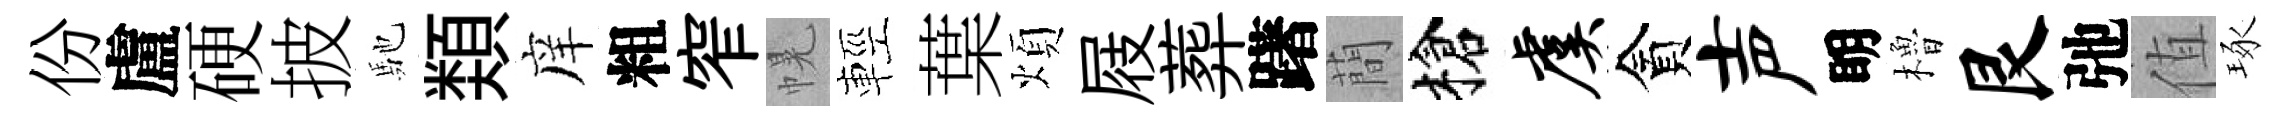
份盧硬披馳𩔖庠粗窄幌輕葉煩屐葬躇蕳槍虞貪声眀櫓艮弛值琢